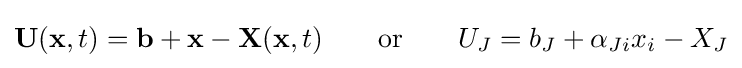
\mathbf {U} (\mathbf {x} ,t)=\mathbf {b} +\mathbf {x} -\mathbf {X} (\mathbf {x} ,t)\qquad {\text{or}}\qquad U_{J}=b_{J}+\alpha _{Ji}x_{i}-X_{J}